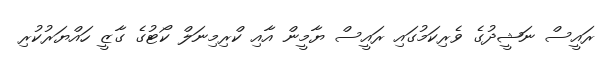
ރައީސް ނަޝީދުގެ ވެރިކަމުގައި ރައީސް ޔާމީން އާއި ކްރިމިނަލް ކޯޓުގެ ގާޒީ ހައްޔަރުކުރި